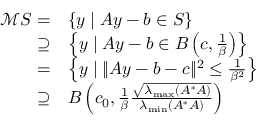
\begin{array} { r l } { \mathcal { M } S = } & { \{ y \mid A y - b \in S \} } \\ { \supseteq } & { \left\{ y \mid A y - b \in B \left( c , \frac { 1 } { \beta } \right) \right\} } \\ { = } & { \left\{ y \mid \| A y - b - c \| ^ { 2 } \leq \frac { 1 } { \beta ^ { 2 } } \right\} } \\ { \supseteq } & { B \left( c _ { 0 } , \frac { 1 } { \beta } \frac { \sqrt { \lambda _ { \operatorname* { m a x } } ( A ^ { * } A ) } } { \lambda _ { \operatorname* { m i n } } ( A ^ { * } A ) } \right) } \end{array}